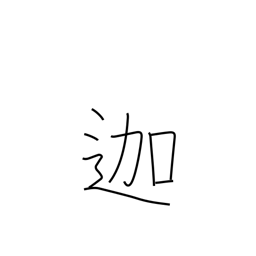
Meaning: (used phonetically)